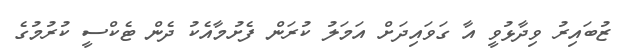
ޒުބައިރު ވިދާޅުވީ އާ ގަވައިދަށް އަމަލު ކުރަން ފެށުމާއެކު ދެން ޓެކްސީ ކުރުމުގެ